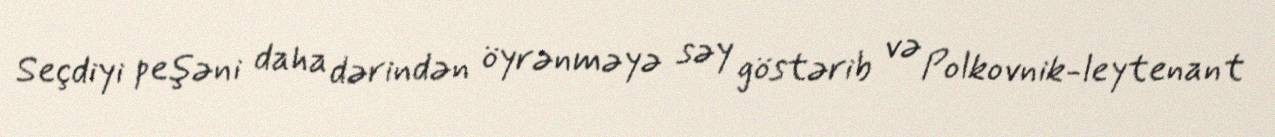
Seçdiyi peşəni daha dərindən öyrənməyə səy göstərib və Polkovnik-leytenant